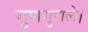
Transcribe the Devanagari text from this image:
गुणगुणले।